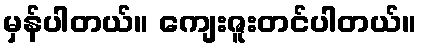
မှန်ပါတယ်။ ကျေးဇူးတင်ပါတယ်။